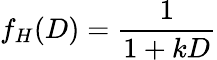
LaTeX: f_{H}(D)={\frac{1}{1+kD}}